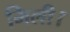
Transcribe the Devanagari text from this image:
मिली।